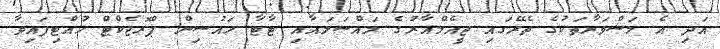
އަދި އެ މަޝްވަރާތަކުގެ ތެރޭގައި ޖީއެމްއާރުގެ މައްސަލައާއި ޓާޓާ ހައުސިން ޕްރޮޖެކްޓް ހުއްޓިފައިވާ